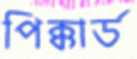
পিক্কার্ড